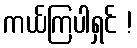
ကယ်ကြပါရှင် !